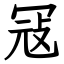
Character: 冦